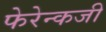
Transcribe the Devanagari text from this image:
फेरेन्कजी